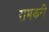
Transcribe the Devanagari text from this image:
रामकरी